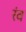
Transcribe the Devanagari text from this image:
रंव